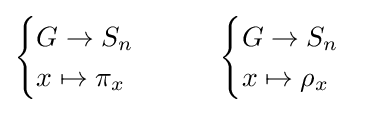
{\begin{cases}G\to S_{n}\\x\mapsto \pi _{x}\end{cases}}\qquad {\begin{cases}G\to S_{n}\\x\mapsto \rho _{x}\end{cases}}